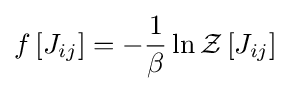
f\left[J_{ij}\right]=-{\frac {1}{\beta }}\ln {\mathcal {Z}}\left[J_{ij}\right]